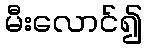
မီးလောင်၍